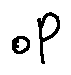
o P